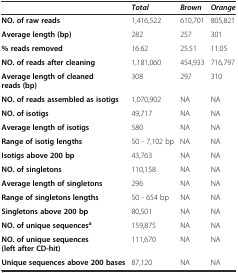
<table><thead><tr><td></td><td><b><i>Total</i></b></td><td><b><i>Brown</i></b></td><td><b><i>Orange</i></b></td></tr></thead><tbody><tr><td><b>NO. of raw reads</b></td><td>1,416,522</td><td>610,701</td><td>805,821</td></tr><tr><td><b>Average length (bp)</b></td><td>282</td><td>257</td><td>301</td></tr><tr><td><b>% reads removed</b></td><td>16.62</td><td>25.51</td><td>11.05</td></tr><tr><td><b>NO. of reads after cleaning</b></td><td>1,181,060</td><td>454,933</td><td>716,797</td></tr><tr><td><b>Average length of cleaned reads (bp)</b></td><td>308</td><td>297</td><td>310</td></tr><tr><td><b>NO. of reads assembled as isotigs</b></td><td>1,070,902</td><td>NA</td><td>NA</td></tr><tr><td><b>NO. of isotigs</b></td><td>49,717</td><td>NA</td><td>NA</td></tr><tr><td><b>Average length of isotigs</b></td><td>580</td><td>NA</td><td>NA</td></tr><tr><td><b>Range of isotig lengths</b></td><td>50 - 7,102 bp</td><td>NA</td><td>NA</td></tr><tr><td><b>Isotigs above 200 bp</b></td><td>43,763</td><td>NA</td><td>NA</td></tr><tr><td><b>NO. of singletons</b></td><td>110,158</td><td>NA</td><td>NA</td></tr><tr><td><b>Average length of singletons</b></td><td>296</td><td>NA</td><td>NA</td></tr><tr><td><b>Range of singletons lengths</b></td><td>50 - 654 bp</td><td>NA</td><td>NA</td></tr><tr><td><b>Singletons above 200 bp</b></td><td>80,501</td><td>NA</td><td>NA</td></tr><tr><td><b>NO. of unique sequences</b><sup><b>a</b></sup></td><td>159,875</td><td>NA</td><td>NA</td></tr><tr><td><b>NO. of unique sequences (left after CD-hit)</b></td><td>111,670</td><td>NA</td><td>NA</td></tr><tr><td><b>Unique sequences above 200 bases</b></td><td>87,120</td><td>NA</td><td>NA</td></tr></tbody></table>